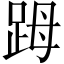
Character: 𧿹